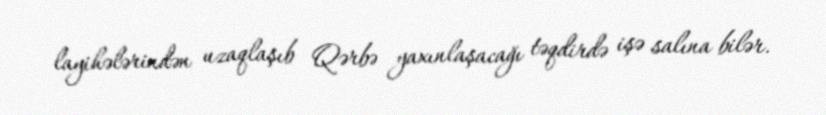
layihələrindən uzaqlaşıb Qərbə yaxınlaşacağı təqdirdə işə salına bilər.